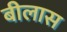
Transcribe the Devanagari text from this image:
बीलास